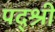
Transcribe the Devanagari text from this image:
पद्श्री